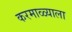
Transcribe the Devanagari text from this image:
करमाळ्याला